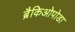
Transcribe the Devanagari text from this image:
ब्रैकिओपोडा